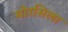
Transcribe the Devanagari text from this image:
मोरसिला